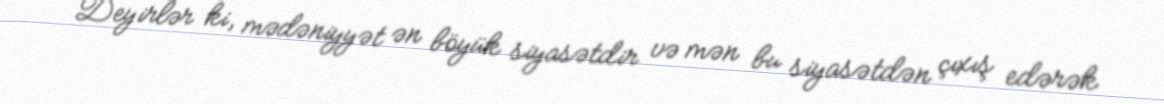
Deyirlər ki, mədəniyyət ən böyük siyasətdir və mən bu siyasətdən çıxış edərək